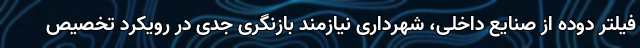
فیلتر دوده از صنایع داخلی، شهرداری نیازمند بازنگری جدی در رویکرد تخصیص